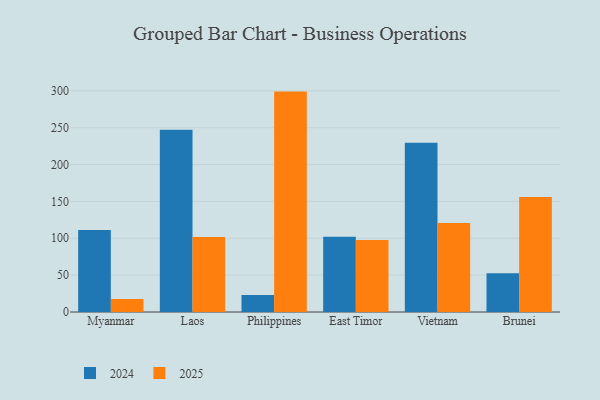
{"axis": {"x": "Country", "y": "Active Users"}, "legend": ["2024", "2025"], "data": [{"x": "Myanmar", "y": 17.5, "type": "2025"}, {"x": "Myanmar", "y": 111.1, "type": "2024"}, {"x": "Laos", "y": 101.7, "type": "2025"}, {"x": "Laos", "y": 247.1, "type": "2024"}, {"x": "Philippines", "y": 299.0, "type": "2025"}, {"x": "Philippines", "y": 22.9, "type": "2024"}, {"x": "East Timor", "y": 97.6, "type": "2025"}, {"x": "East Timor", "y": 102.0, "type": "2024"}, {"x": "Vietnam", "y": 120.6, "type": "2025"}, {"x": "Vietnam", "y": 229.5, "type": "2024"}, {"x": "Brunei", "y": 156.1, "type": "2025"}, {"x": "Brunei", "y": 52.4, "type": "2024"}]}